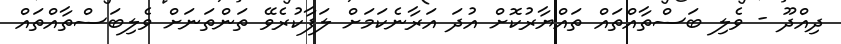
ދިއްދޫ - ވެލި ބަސްތާއްތައް ތައްޔާރުކޮށް އުދަ އަރާނެކަމަށް ލަފާކުރެވޭ ތަންތަނަށް ވެލިބަސްތާއްތައް